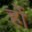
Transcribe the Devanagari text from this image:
र्हो